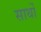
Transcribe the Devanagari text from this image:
सार्थो